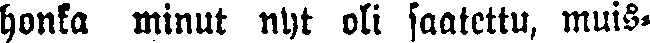
honka minut nyt oli saatettu, muis-